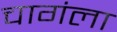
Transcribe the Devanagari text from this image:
चागंला